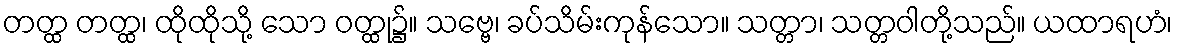
တတ္ထ တတ္ထ၊ ထိုထိုသို့ သော ဝတ္ထု၌။ သဗ္ဗေ၊ ခပ်သိမ်းကုန်သော။ သတ္တာ၊ သတ္တဝါတို့သည်။ ယထာရဟံ၊